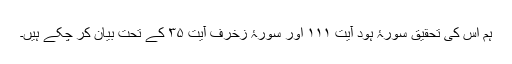
ہم اس کی تحقیق سورۂ ہود آیت ۱۱۱ اور سورۂ زخرف آیت ۳۵ کے تحت بیان کر چکے ہیں۔